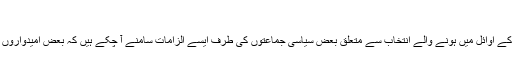
‘
پارلیمان کے ایوان بالا سینیٹ کے گزشتہ ماہ کے اوائل میں ہونے والے انتخاب سے متعلق بعض سیاسی جماعتوں کی طرف ایسے الزامات سامنے آ چکے ہیں کہ بعض امیدواروں نے ووٹوں کے لیے پسرمائے کا استعمال کیا۔